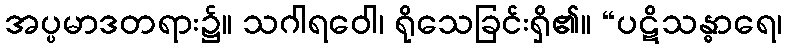
အပ္ပမာဒတရား၌။ သဂါရဝေါ၊ ရိုသေခြင်းရှိ၏။ “ပဋိသန္ဓာရေ၊